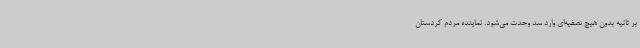
بر ثانیه بدون هیچ تصفیه‌ای وارد سد وحدت می‌شود. نماینده مردم کردستان